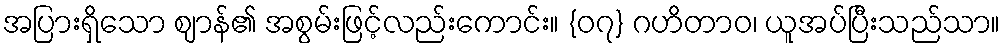
အပြားရှိသော ဈာန်၏ အစွမ်းဖြင့်လည်းကောင်း။ {၀၇} ဂဟိတာဝ၊ ယူအပ်ပြီးသည်သာ။